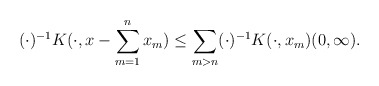
\begin{align*}(\cdot)^{-1}K(\cdot, x - \sum_{m=1}^n x_m) \leq \sum_{m>n} (\cdot)^{-1}K(\cdot, x_m ) (0,\infty ).\end{align*}